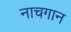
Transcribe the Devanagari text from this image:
नाचगान